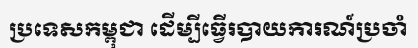
ប្រទេសកម្ពុជា ដើម្បីធ្វើរបាយការណ៍ប្រចាំ